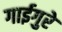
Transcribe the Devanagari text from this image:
गाईगुरे